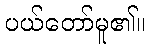
ပယ်တော်မူ၏။